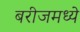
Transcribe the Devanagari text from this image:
बरीजमध्ये